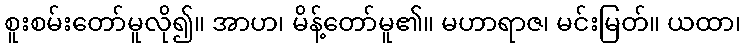
စူးစမ်းတော်မူလို၍။ အာဟ၊ မိန့်တော်မူ၏။ မဟာရာဇ၊ မင်းမြတ်။ ယထာ၊